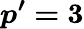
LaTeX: \boldsymbol{p^{\prime}=3}